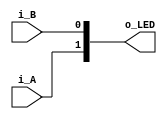
`timescale 1ns / 1ps
//////////////////////////////////////////////////////////////////////////////////
// Company: 
// Engineer: 
// 
// Design Name: 
// Module Name:    testInput 
// Project Name: 
// Target Devices: 
// Tool versions: 
// Description: 
//
// Dependencies: 
//
// Revision: 
// Revision 0.01 - File Created
// Additional Comments: 
//
//////////////////////////////////////////////////////////////////////////////////
module testInput(i_A, i_B, o_LED
    );

	input i_A, i_B;
	output reg [1:0] o_LED = 'd0;
		
	always@(i_A, i_B)
	begin
		o_LED[1] <= i_A;
		o_LED[0] <= i_B;
	end
	

endmodule